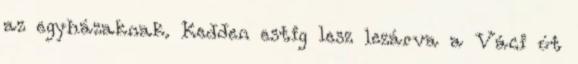
az egyházaknak. Kedden estig lesz lezárva a Váci út